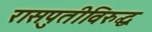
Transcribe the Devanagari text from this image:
रासपुतीविरुद्ध